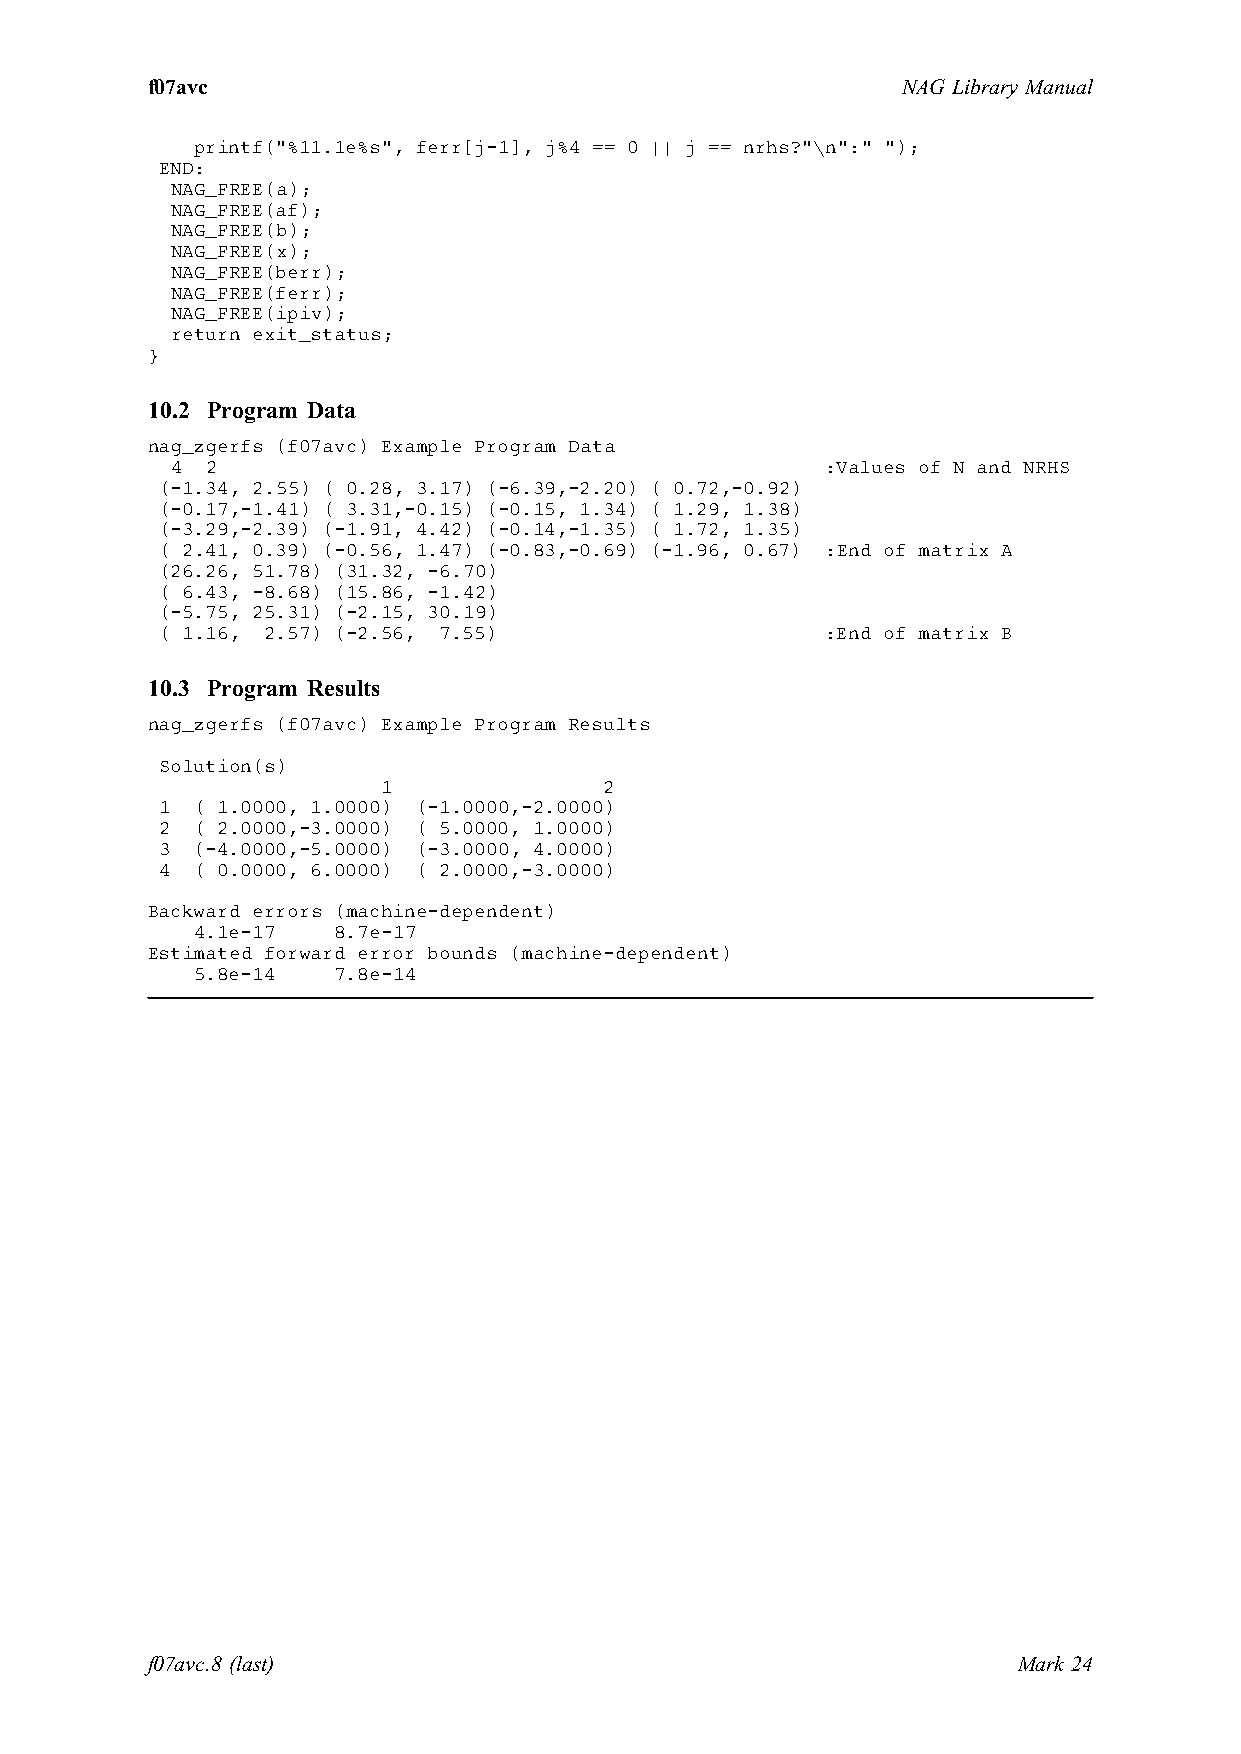
f07avc                                            NAG Library Manual
 printf("%11.1e%s", ferr[j-1], j%4 == 0 || j == nrhs?"\n":" ");
 END:
 NAG_FREE(a);
 NAG_FREE(af);
 NAG_FREE(b);
 NAG_FREE(x);
 NAG_FREE(berr);
 NAG_FREE(ferr);
 NAG_FREE(ipiv);
 return exit_status;
 }
 10.2 Program Data
 nag_zgerfs (f07avc) Example Program Data
 4  2                                        :Values of N and NRHS
 (-1.34, 2.55) ( 0.28, 3.17) (-6.39,-2.20) ( 0.72,-0.92)
 (-0.17,-1.41) ( 3.31,-0.15) (-0.15, 1.34) ( 1.29, 1.38)
 (-3.29,-2.39) (-1.91, 4.42) (-0.14,-1.35) ( 1.72, 1.35)
 ( 2.41, 0.39) (-0.56, 1.47) (-0.83,-0.69) (-1.96, 0.67) :End of matrix A
 (26.26, 51.78) (31.32, -6.70)
 ( 6.43, -8.68) (15.86, -1.42)
 (-5.75, 25.31) (-2.15, 30.19)
 ( 1.16, 2.57) (-2.56, 7.55)                 :End of matrix B
 10.3 Program Results
 nag_zgerfs (f07avc) Example Program Results
 Solution(s)
 1              2
 1 ( 1.0000, 1.0000) (-1.0000,-2.0000)
 2 ( 2.0000,-3.0000) ( 5.0000, 1.0000)
 3 (-4.0000,-5.0000) (-3.0000, 4.0000)
 4 ( 0.0000, 6.0000) ( 2.0000,-3.0000)
 Backward errors (machine-dependent)
 4.1e-17  8.7e-17
 Estimated forward error bounds (machine-dependent)
 5.8e-14  7.8e-14
 f07avc.8 (last)                                          Mark 24